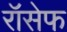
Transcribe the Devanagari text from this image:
रॉसेफ